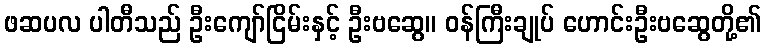
ဖဆပလ ပါတီသည် ဦးကျော်ငြိမ်းနှင့် ဦးဗဆွေ၊၊ ဝန်ကြီးချုပ် ဟောင်းဦးဗဆွေတို့၏